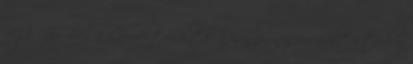
vége. Győrben a Quaestor által a minap megvásárolt stadion